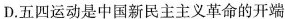
D.五四运动是中国新民主主义革命的开端